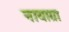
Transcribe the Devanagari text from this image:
नायाग्रा